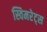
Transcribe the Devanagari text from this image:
स्विमरेट्स